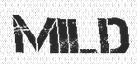
MILD